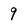
Character: 9